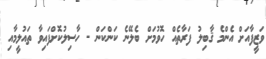
ވަޒީފާއަށް އެންމެ ޤާބިލު ފަރާތެއް ހޮވުމަށް ބެލޭނެ ކަންކަން - ހާސިލުކޮށްފައިވާ ތައުލީމާއި